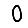
Digit: 0